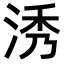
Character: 𣵛